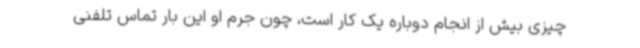
چیزی بیش از انجام دوباره یک کار است، چون جرم او این بار تماس تلفنی